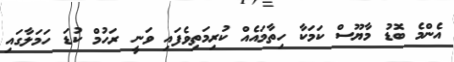
އެންމެ ބޮޑު މާޔޫސް ކަމަކާ ހިތާމައެއް ކުރިމަތިވެފައި ވަނީ ރަހުމް ކުޑަ ހަމަލާގައި